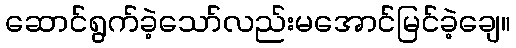
ဆောင်ရွက်ခဲ့သော်လည်းမအောင်မြင်ခဲ့ချေ။